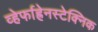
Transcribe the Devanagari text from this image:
व्हेर्फाह्रेनस्टेक्निक